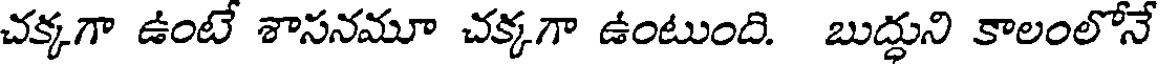
చక్కగా ఉంటే శాసనమూ చక్కగా ఉంటుంది. బుద్ధుని కాలంలోనే